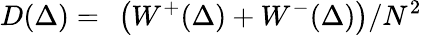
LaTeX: D(\Delta)=~\left(W^{+}(\Delta)+W^{-}(\Delta)\right)/N^{2}